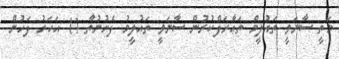
މަތީ ސާނަވީ ތައުލީމް ތަޢާރަފްކުރުން ސާނަވީ ތައުލީމު ފެށުނުތާ 11 އަހަރު ފަހުން